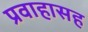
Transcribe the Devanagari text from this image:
प्रवाहासह